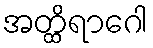
အတ္ထိရာဂေါ